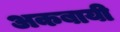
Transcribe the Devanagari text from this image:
अकबायी